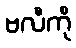
ဗလီကို